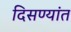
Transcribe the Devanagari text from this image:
दिसण्यांत